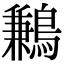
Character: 鶼